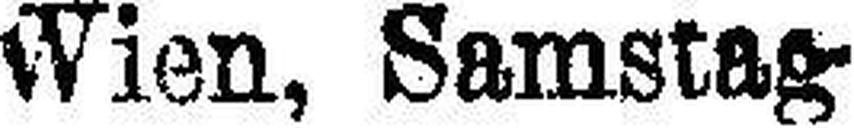
Wien, Samstag